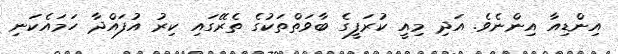
އިންޑިއާ އިންނެވެ. އަދި މިއީ ކުރަފީގެ ބާވަތްތަކުގެ ތެރޭގައި ކިރު އުފައްދާ ހަމައެކަނި